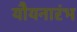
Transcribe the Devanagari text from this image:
यौयनारंभ